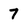
Character: 7